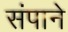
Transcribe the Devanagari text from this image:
संपाने